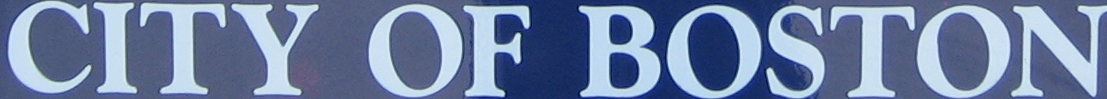
CITY OF BOSTON